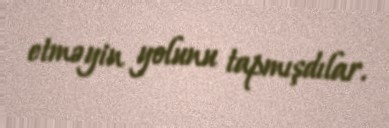
etməyin yolunu tapmışdılar.